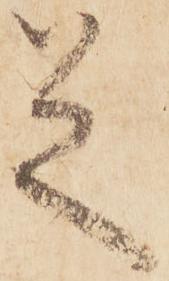
足